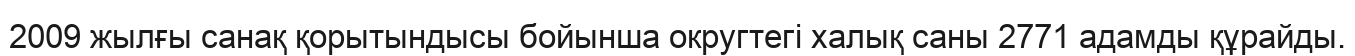
2009 жылғы санақ қорытындысы бойынша округтегі халық саны 2771 адамды құрайды.